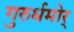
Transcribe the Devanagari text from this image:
गुरुर्धमोर्